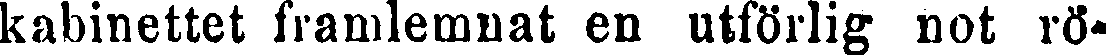
kabinettet framlemnat en utförlig not rö-